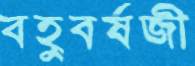
বহুবর্ষজী